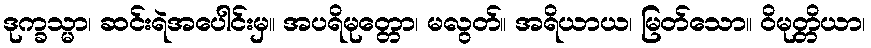
ဒုက္ခသ္မာ၊ ဆင်းရဲအပေါင်းမှ။ အပရိမုတ္တော၊ မလွတ်။ အရိယာယ၊ မြတ်သော။ ဝိမုတ္တိယာ၊